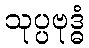
သုပ္ပဗုဒ္ဓံ